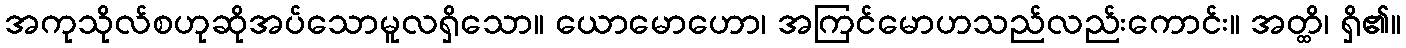
အကုသိုလ်စဟုဆိုအပ်သောမူလရှိသော။ ယောမောဟော၊ အကြင်မောဟသည်လည်းကောင်း။ အတ္ထိ၊ ရှိ၏။